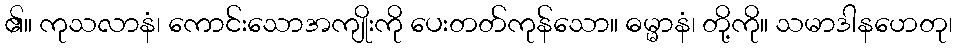
၏။ ကုသလာနံ၊ ကောင်းသောအကျိုးကို ပေးတတ်ကုန်သော။ ဓမ္မာနံ၊ တို့ကို။ သမာဒါနဟေတု၊